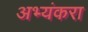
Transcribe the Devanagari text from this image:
अभ्यंकरा